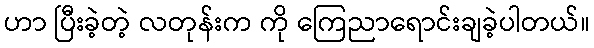
ဟာ ပြီးခဲ့တဲ့ လတုန်းက ကို ကြေညာရောင်းချခဲ့ပါတယ်။